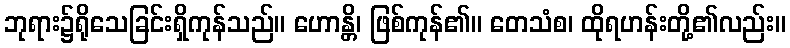
ဘုရား၌ရိုသေခြင်းရှိကုန်သည်။ ဟောန္တိ၊ ဖြစ်ကုန်၏။ တေသံစ၊ ထိုရဟန်းတို့၏လည်း။